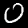
Label: 0